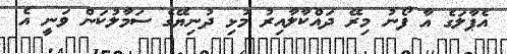
އެޕާލަގެ އާ ފޯނު މިރޭ ދައްކާލާއިރު މުޅި ދުނިޔޭގެ ސަމާލުކަން ވަނީ އެ